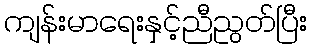
ကျန်းမာရေးနှင့်ညီညွတ်ပြီး